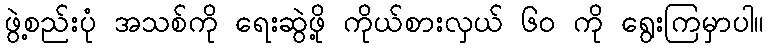
ဖွဲ့စည်းပုံ အသစ်ကို ရေးဆွဲဖို့ ကိုယ်စားလှယ် ၆၀ ကို ရွေးကြမှာပါ။